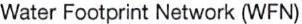
Water Footprint Network (WFN)